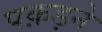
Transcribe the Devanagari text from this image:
पक़ड़ने